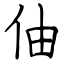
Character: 伷